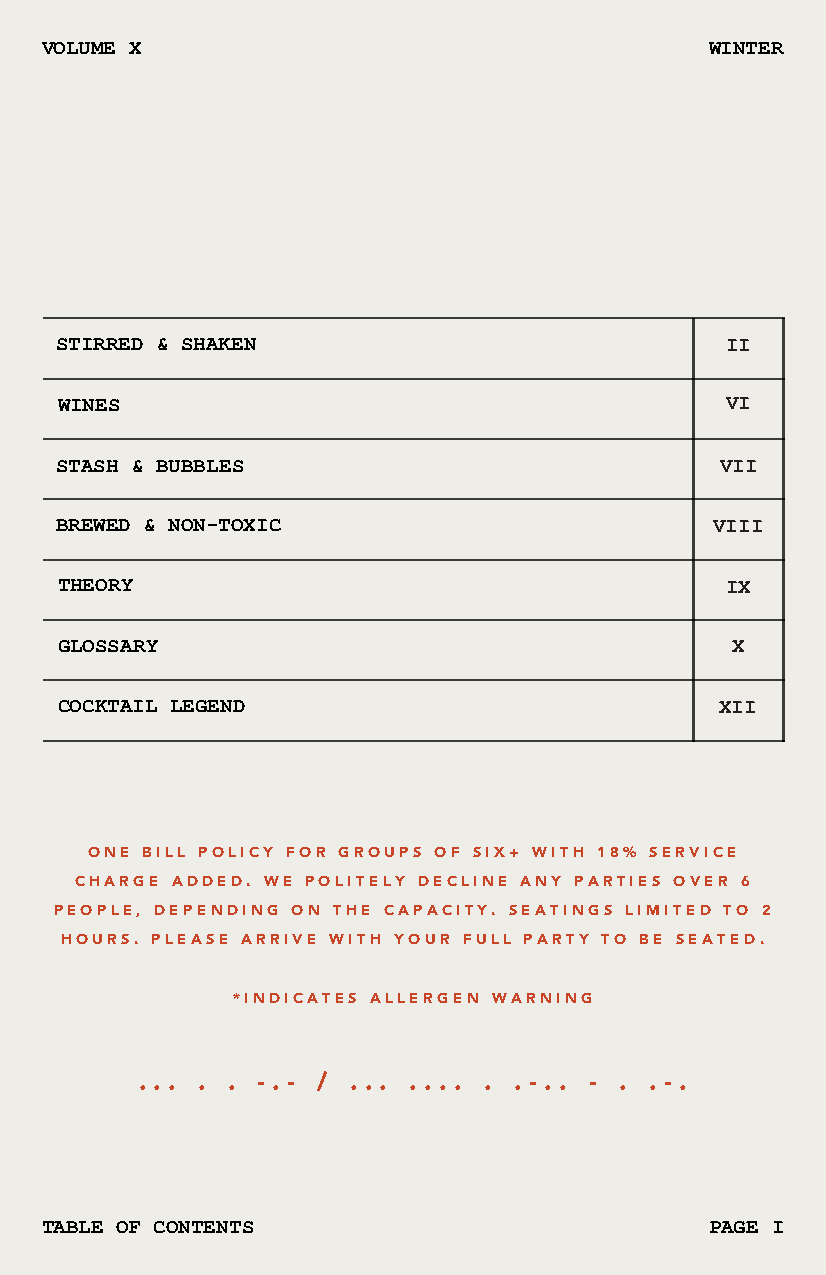
VOLUME X                                    WINTER
 STIRRED & SHAKEN                            II
 WINES                                       VI
 STASH & BUBBLES                             VII
 BREWED & NON-TOXIC                         VIII
 THEORY                                      IX
 GLOSSARY                                    X
 COCKTAIL LEGEND                             XII
 ONE BILL POLICY FOR GROUPS OF SIX+ WITH 18% SERVICE
 CHARGE ADDED. WE POLITELY DECLINE ANY PARTIES OVER 6
 PEOPLE, DEPENDING ON THE CAPACITY. SEATINGS LIMITED TO 2
 HOURS. PLEASE ARRIVE WITH YOUR FULL PARTY TO BE SEATED.
 *INDICATES ALLERGEN WARNING
 . . . . . - . - / . . . . . . . . . - . . - . . - .
 TABLE OF CONTENTS                           PAGE I